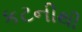
કટનીથી